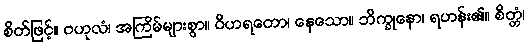
စိတ်ဖြင့်။ ဗဟုလံ၊ အကြိမ်များစွာ။ ဝိဟရတော၊ နေသော။ ဘိက္ခုနော၊ ရဟန်း၏။ စိတ္တံ၊